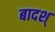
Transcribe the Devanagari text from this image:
बादश्